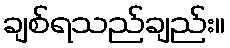
ချစ်ရသည်ချည်း။